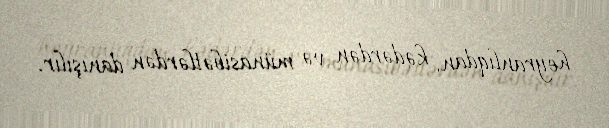
heyranlıqdan, kədərdən və münasibətlərdən danışılır.